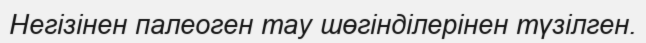
Негізінен палеоген тау шөгінділерінен түзілген.